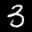
Label: 3